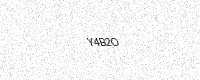
Text: Y4B2O